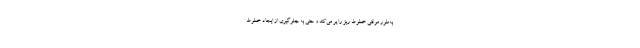
به‌طور موقتی خطوط ریز را پر می‌کند و حتی به جلوگیری از ایجاد خطوط